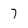
Character: 7